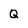
Character: Q